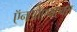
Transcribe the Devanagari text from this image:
ऍनओएफएक्स